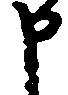
申